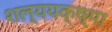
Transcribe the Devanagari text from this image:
शल्ययक्ष्मा